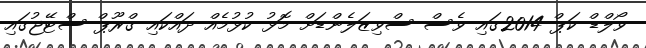
ވޯލްޑް ކަޕް 2014ގައި ވެސް ސްވިޒަލެންޑަށް މޮޅު ކުޅުމެއް ދައްކައި ގްރޫޕް ސްޓޭޖުގައި